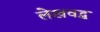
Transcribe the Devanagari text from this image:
लेखवद्ध